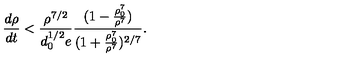
\frac { d \rho } { d t } < \frac { \rho ^ { 7 / 2 } } { d _ { 0 } ^ { 1 / 2 } e } \frac { ( 1 - \frac { \rho _ { 0 } ^ { 7 } } { \rho ^ { 7 } } ) } { ( 1 + \frac { \rho _ { 0 } ^ { 7 } } { \rho ^ { 7 } } ) ^ { 2 / 7 } } .